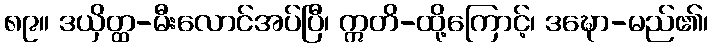
၈၉။ ဒယှိတ္ထ-မီးလောင်အပ်ပြီ၊ ဣတိ-ထို့ကြောင့်၊ ဒဍ္ဎော-မည်၏၊